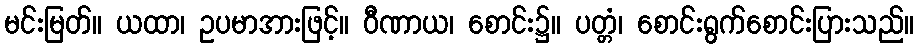
မင်းမြတ်။ ယထာ၊ ဥပမာအားဖြင့်။ ဝီဏာယ၊ စောင်း၌။ ပတ္တံ၊ စောင်းရွက်စောင်းပြားသည်။